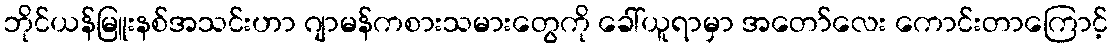
ဘိုင်ယန်မြူးနစ်အသင်းဟာ ဂျာမန်ကစားသမားတွေကို ခေါ်ယူရာမှာ အတော်လေး ကောင်းတာကြောင့်